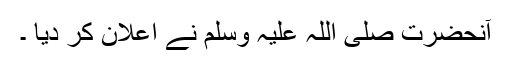
آنحضرت صلی اللہ علیہ وسلم نے اعلان کر دیا ۔